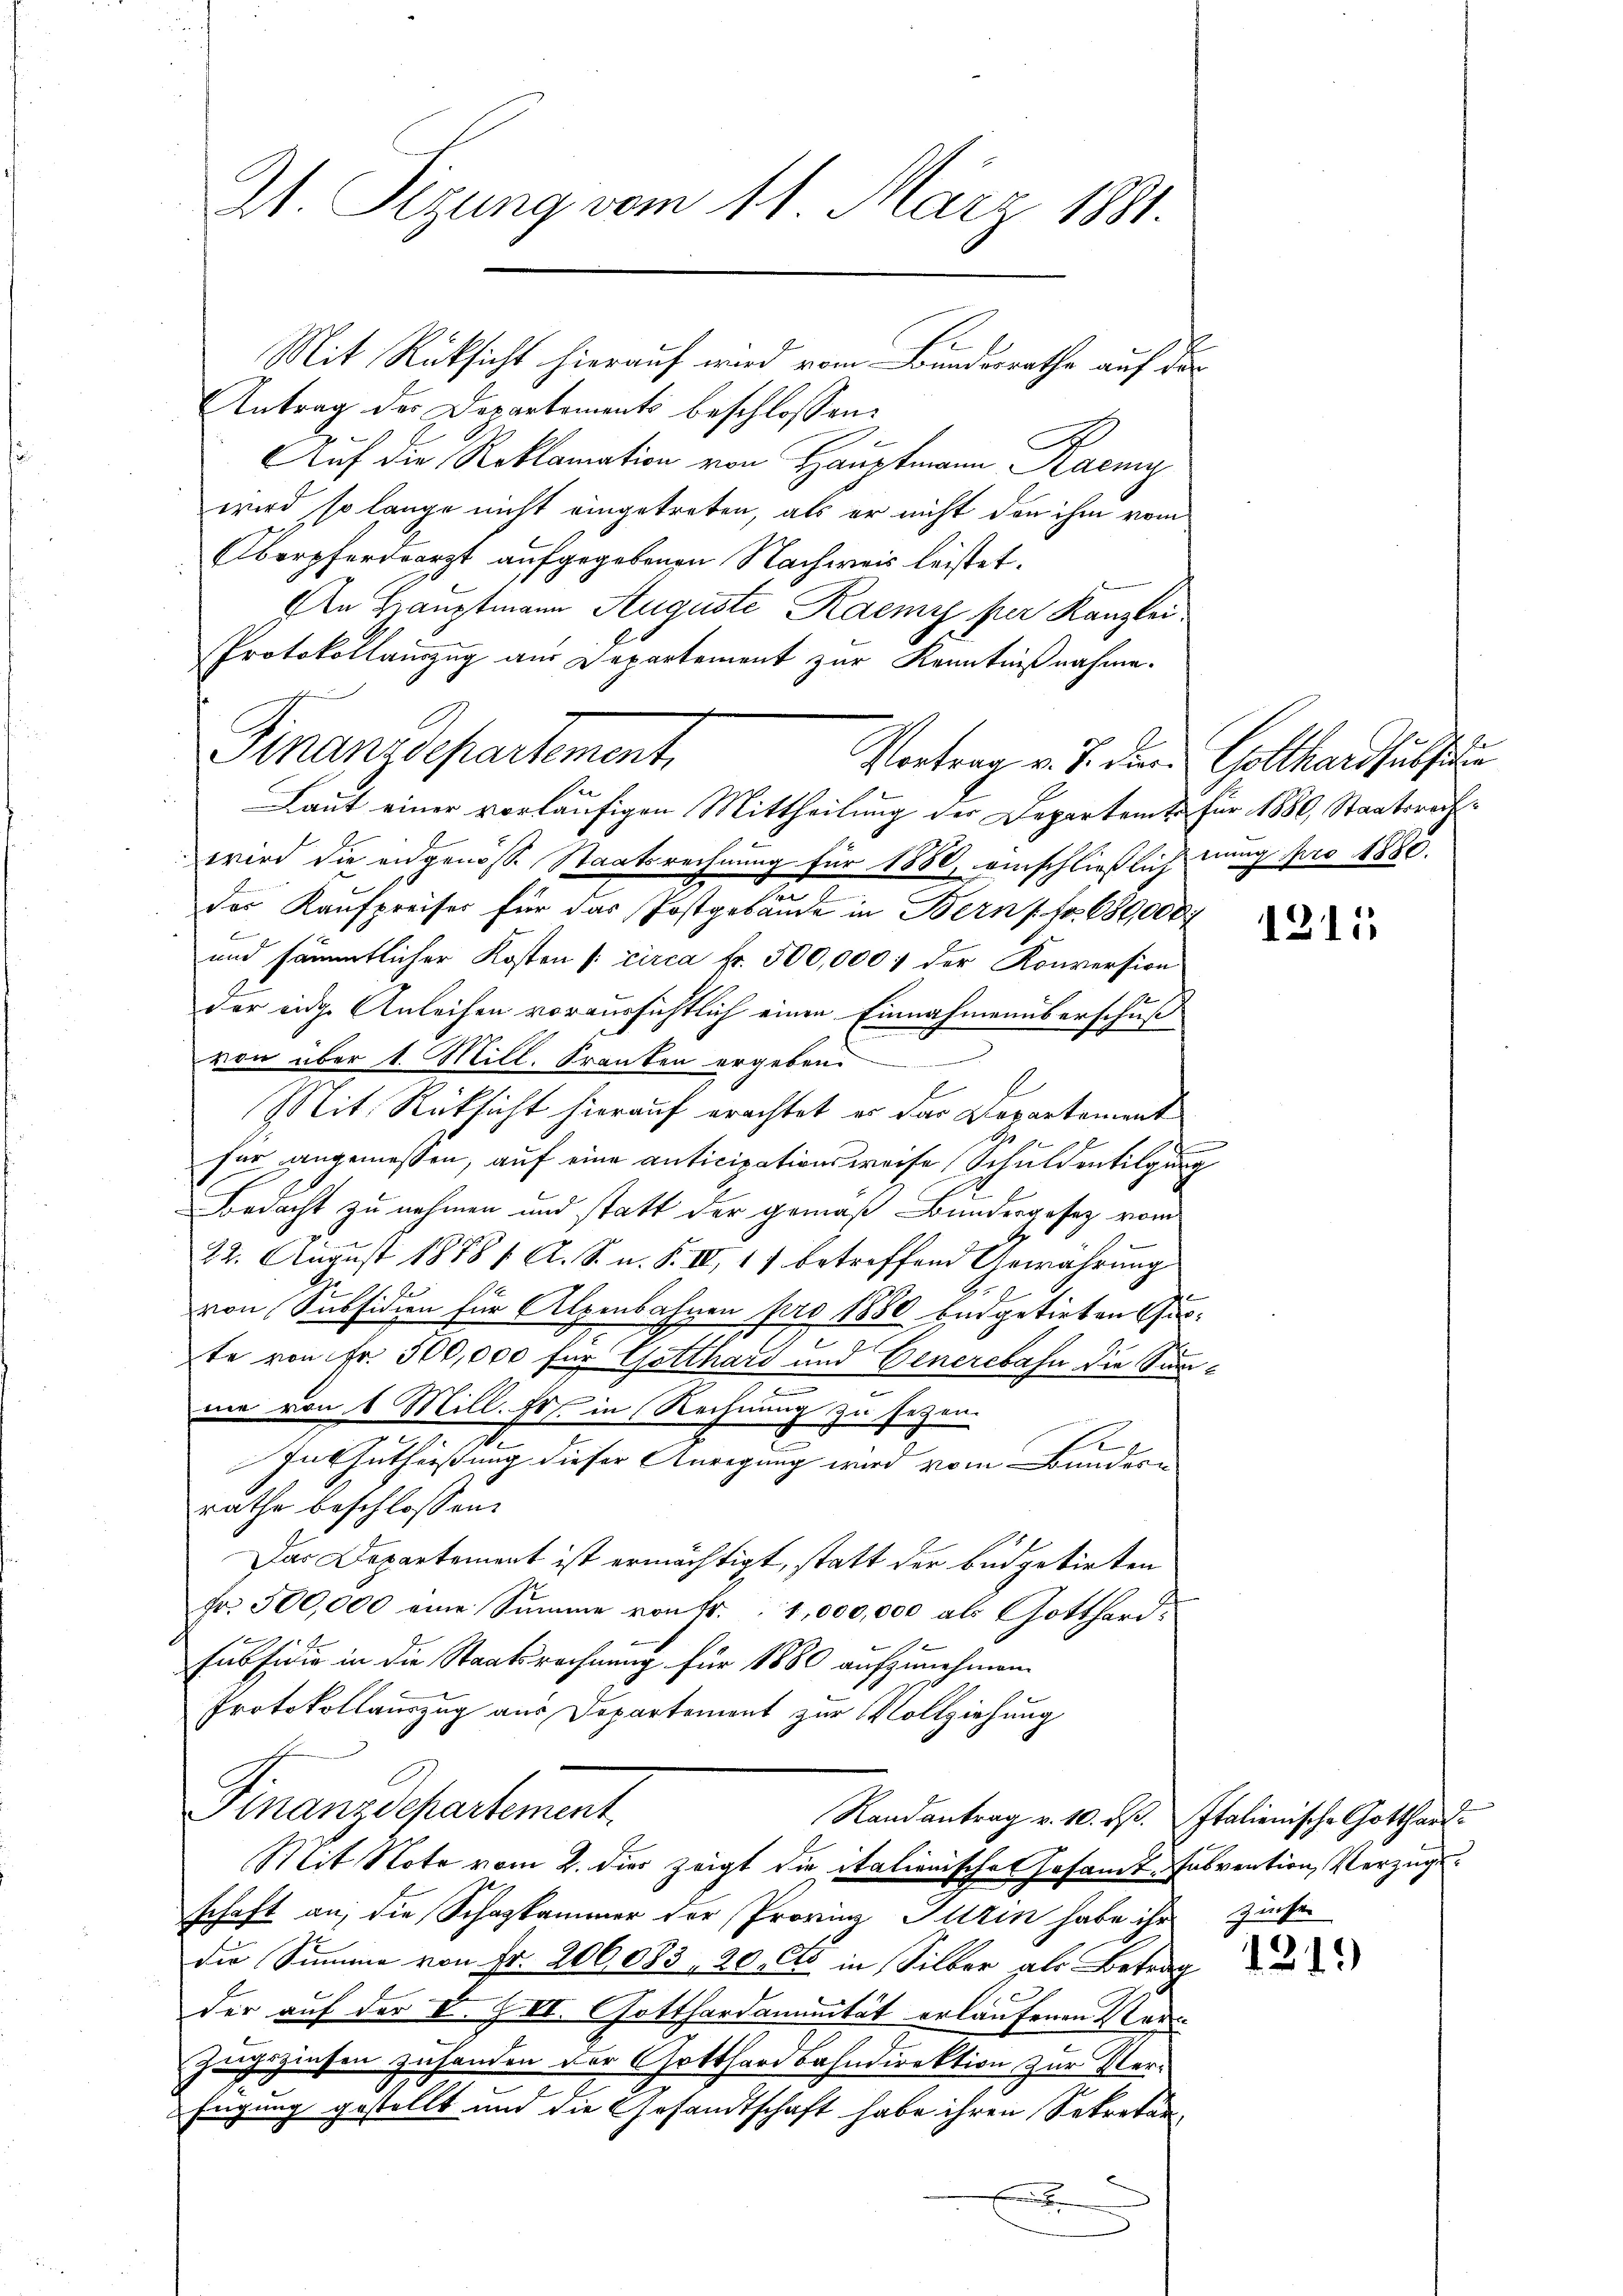
Zt. Sizung vom 11. März 1881.

Mit Rücksicht hierauf wird vom Bundesrathe auf das
Antrag der Departements beschlossen:
Auf die Reklamation von Hauptmann Raemy
wird so lange nicht eingetreten, als er nicht den ihm vom
Überpferdearzt aufgegebenen Nachweis leistet.
An Hauptmann Auguste Kaemy per Kanzlei
Protokollauszug aus Departement zur Kenntnißnahme.
Laut einer vorläufigen Mittheilung der Departent für 1880, Staatsrechwird die angenösse Staatsrechnung für 1880, einschließlich nung pro 1888.
der Kaufpreises für das Postgebäude in Bern Fr. 680,000
und sämmtlicher Kosten /: circa Fr. 500,000 f der Konversion
der eige Anleihen voraussichtlich einen Einnahmenüberschuß
von über 1. Mill. Franken ergeben.
l
l
Mit Rücksicht hierauf erachtet es das Repartement
für angemessen, auf eine anticipationsweise Schuldentilgung
Bedacht zu nehmen und statt der gemäß Bundesgesetz vom
22. August 1878 / A. S. n. F. IV, 17 betreffend Gewährung
von Subsidien für Alpenbahnen pro 1880 endgetirten Gete von Fr. 500,000 für Gotthard und Generebahn die Sinnme von 6 Mill. Er in Rechnung zu sezen.
1
In Entheißung dieser Anregung wird vom Bundern
rathe beschlossen:
Das Departement ist ermächtigt, statt der Büdgetirten
fr. 500,000 eine Summe von fr. 1,000,000 als Gotthard.
Eubsidio in die Staatsrechnung für 1880 aufzunehmen.
Protokollauszug aus Departement zur Vollziehung
Finanzdepartement
Randantrag v. 10. ds. Italienische Gotthard-
Mit Note vom 2. dies zeigt die italienisches Gesamt-Insvention, Verzugsschaft an, die Schazkammer der Provinz Hitzin habe ihr Zinser
die Summe von Fr. 206083, 20, es in Silber als Betrag
der auf der V. Z VI. Gotthardaninität erlaufenen Vor
zugezinsen zuhanden der Gotthardbahndirektion zur Ver¬
Eugung gestellt und die Gesandtschaft habe ihren Sekretär,
.

Finanzdepartement

Vortrag v. J. Diern Gotthardsubsi

1211